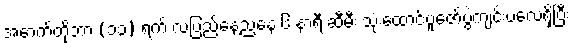
အောက်တိုဘာ (၁၃) ရက် လပြည့်နေ့ညနေ ၆ နာရီ ဆီမီး သုံးထောင်ပူဇော်ပွဲကျင်းပလေ့ရှိပြီး